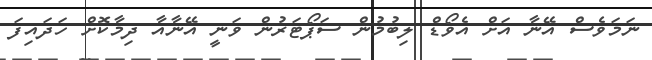
ނަމަވެސް އޭނާ އަށް އެވޯޑް ލިބުމުން ސަޕޯޓަރުން ވަނީ އޭނާއާ ދިމާކޮށް ހަދައިފަ